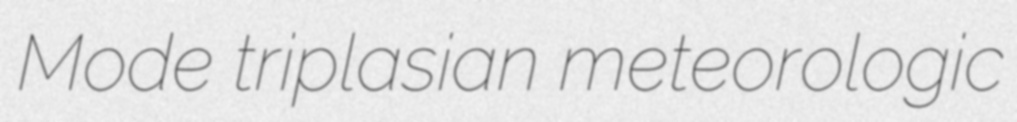
Mode triplasian meteorologic